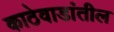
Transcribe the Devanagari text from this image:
काठेवाडांतील